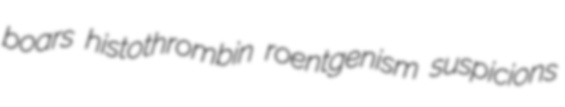
boars histothrombin roentgenism suspicions